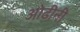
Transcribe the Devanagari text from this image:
ओढीनी